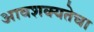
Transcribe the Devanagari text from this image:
आवशक्यतेचा